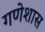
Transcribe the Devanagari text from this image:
गणेशास